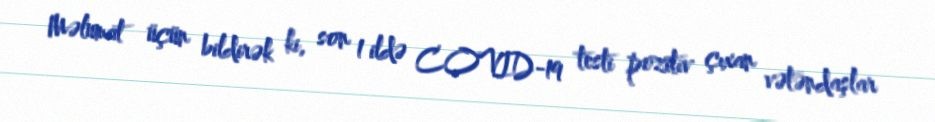
Məlumat üçün bildirək ki, son 1 ildə COVID-19 testi pozitiv çıxan vətəndaşlar